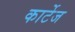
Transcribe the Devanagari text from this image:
कार्टेज